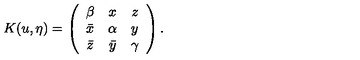
K ( u , \eta ) = \left( \begin{array} { c c c } { \beta } & { x } & { z } \\ { \bar { x } } & { \alpha } & { y } \\ { \bar { z } } & { \bar { y } } & { \gamma } \\ \end{array} \right) .